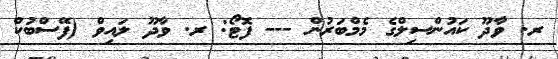
ރ. ވާދޫ ކައުންސިލްގެ މެމްބަރުން --- ފޮޓޯ: ރ. ވާދޫ ލައިވް (ފޭސްބުކް